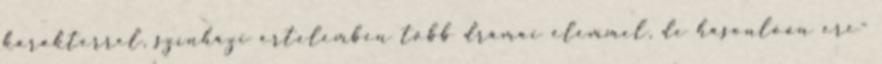
karakterrel, színházi értelemben több drámai elemmel, de hasonlóan ere-